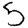
Digit: 5